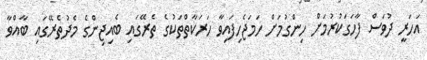
އަހަރީ ދުވަސް ފާހަގަކުރުމަށް ހިންގުމަށް ހަމަޖެހިފައިވާ ހަރަކާތްތަކުގެ ތެރޭގައި ބެއިޖިންގެ މެދުތެރޭގައި ބާއްވާ